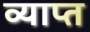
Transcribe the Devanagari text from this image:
व्याप्‍त